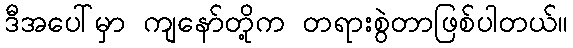
ဒီအပေါ်မှာ ကျနော်တို့က တရားစွဲတာဖြစ်ပါတယ်။